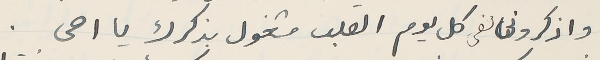
واذكرونى لفي كل يوم القلب مشغول بذكرك يا اخى.